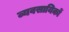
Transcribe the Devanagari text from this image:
व्यवसायिकों